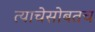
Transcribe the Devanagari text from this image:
त्याचेसोबतच